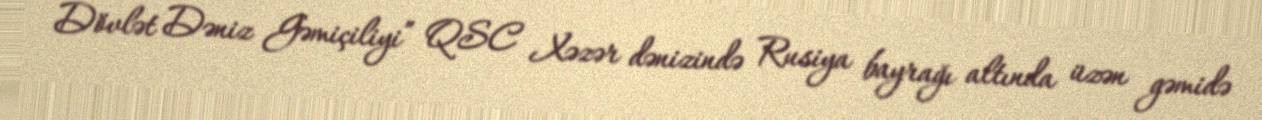
Dövlət Dəniz Gəmiçiliyi” QSC Xəzər dənizində Rusiya bayrağı altında üzən gəmidə